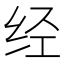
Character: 经